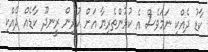
ކާޑު ދެއްކި ނަމަވެސް އެ ކުޅުންތެރިޔާ އަށް ކުރިން ރީނދޫ ކާޑެއް ދެއްކި